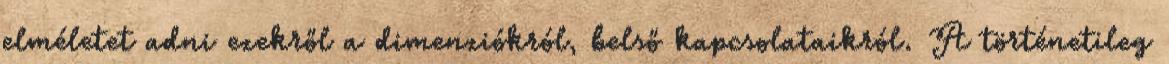
elméletet adni ezekről a dimenziókról, belső kapcsolataikról. A történetileg